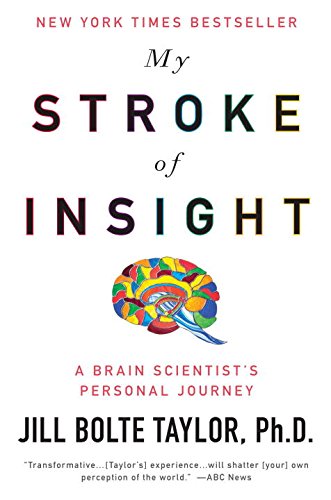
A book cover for My Stroke of Insight: A Brain Scientist's Personal Journey; Jill Bolte Taylor; Medical Books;